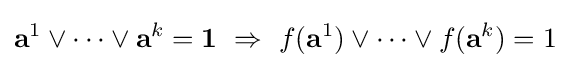
\mathbf {a} ^{1}\lor \cdots \lor \mathbf {a} ^{k}=\mathbf {1} \ \Rightarrow \ f(\mathbf {a} ^{1})\lor \cdots \lor f(\mathbf {a} ^{k})=1